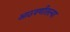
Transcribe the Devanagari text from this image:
आठवणीतल्या